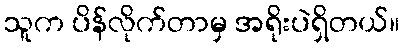
သူက ပိန်လိုက်တာမှ အရိုးပဲရှိတယ်။